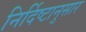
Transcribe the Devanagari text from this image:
निर्दिष्टानुसार